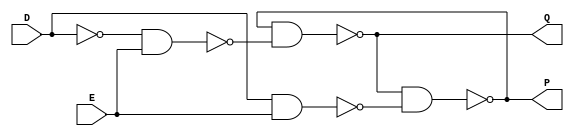
`timescale 1ns / 1ps


module GATED_D_LATCH(output Q,P,input D,E);		//Declaring GATED D LATCH Module where Q,P as OUTPUT and D,E as INPUT.

wire not1,nand1,nand2,nand3,nand4;

assign nand3 = Q;		//Connecting output port Q with wire nand3. 
assign nand4 = P;		//Connecting output port P with wire nand4.

not F1(not1,D);		//Using inbuilt 'nor' gate.

nand F2(nand1,not1,E);		//Using inbuilt 'nand' gate.

nand F3(nand2,D,E);		//Using inbuilt 'nand' gate.

nand F4(Q,nand4,nand1);		//Using inbuilt 'nand' gate.

nand F5(P,nand3,nand2);		//Using inbuilt 'nand' gate.

endmodule